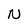
Character: N